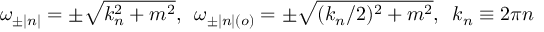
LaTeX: \omega _ { \pm | n | } = \pm \sqrt { k _ { n } ^ { 2 } + m ^ { 2 } } , \, \, \, \omega _ { \pm | n | ( o ) } = \pm \sqrt { ( k _ { n } / 2 ) ^ { 2 } + m ^ { 2 } } , \, \, \, k _ { n } \equiv 2 \pi n